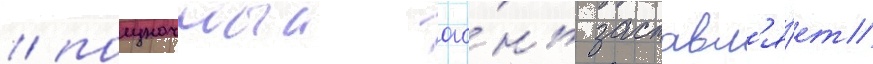
/ полуночныи ого́нь заставл'я́ет